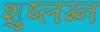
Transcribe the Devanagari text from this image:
शुष्लग्न